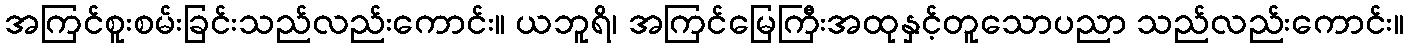
အကြင်စူးစမ်းခြင်းသည်လည်းကောင်း။ ယဘူရိ၊ အကြင်မြေကြီးအထုနှင့်တူသောပညာ သည်လည်းကောင်း။